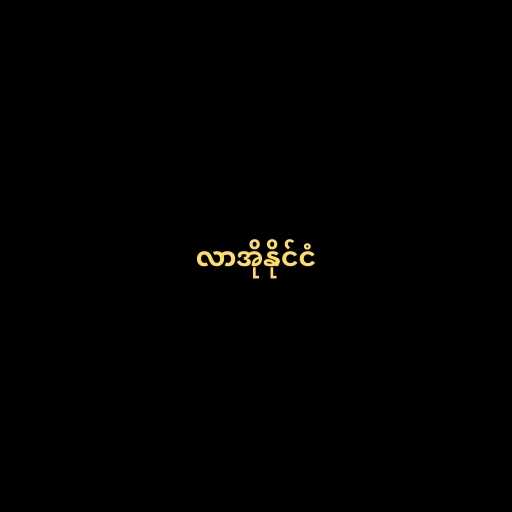
လာအိုနိုင်ငံ